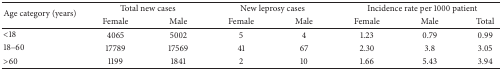
<table><thead><tr><td rowspan="2"><b>Age category (years)</b></td><td colspan="2"><b>Total new cases</b></td><td colspan="2"><b>New leprosy cases</b></td><td colspan="3"><b>Incidence rate per 1000 patient</b></td></tr><tr><td><b>Female</b></td><td><b>Male</b></td><td><b>Female</b></td><td><b>Male</b></td><td><b>Female</b></td><td><b>Male</b></td><td><b>Total</b></td></tr></thead><tbody><tr><td>&lt;18 </td><td>4065</td><td>5002</td><td>5</td><td>4</td><td>1.23</td><td>0.79</td><td>0.99</td></tr><tr><td>18–60 </td><td>17789</td><td>17569</td><td>41</td><td>67</td><td>2.30</td><td>3.8</td><td>3.05</td></tr><tr><td>&gt;60 </td><td>1199</td><td>1841</td><td>2</td><td>10</td><td>1.66</td><td>5.43</td><td>3.94</td></tr></tbody></table>